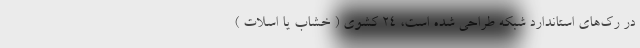
در رک‌های استاندارد شبکه طراحی شده است، 24 کشوی ( خشاب یا اسلات )